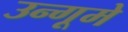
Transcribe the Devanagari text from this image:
उन्गूमे